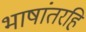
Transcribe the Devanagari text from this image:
भाषांतरहि